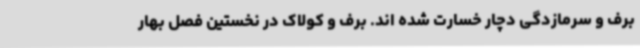
برف و سرمازدگی دچار خسارت شده اند. برف و کولاک در نخستین فصل بهار